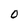
Character: O